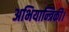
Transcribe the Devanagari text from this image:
अभियान्त्रिकी।